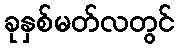
ခုနှစ်မတ်လတွင်